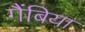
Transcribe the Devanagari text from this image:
गैंबिया